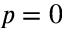
p = 0